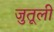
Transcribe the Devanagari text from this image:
जुतूली